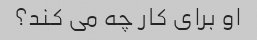
او برای کار چه می کند؟